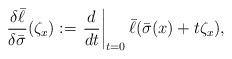
LaTeX: \begin{align*}\frac{\delta \bar{\ell}}{\delta\bar\sigma}(\zeta_x):=\left.\frac{d}{dt}\right|_{t=0}\bar{\ell}(\bar\sigma(x)+t\zeta_x),\end{align*}